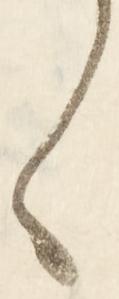
く